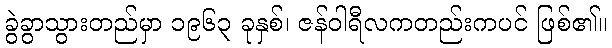
ခွဲခွာသွားတည်မှာ ၁၉၆၃ ခုနှစ်၊ ဇန်ဝါရီလကတည်းကပင် ဖြစ်၏။